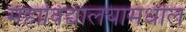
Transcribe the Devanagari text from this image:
महाविद्यालयामधील